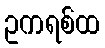
ဥကရစ်ထ